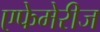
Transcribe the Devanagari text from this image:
एफेमेरीज